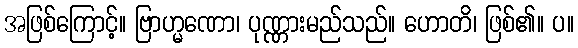
အဖြစ်ကြောင့်။ ဗြာဟ္မဏော၊ ပုဏ္ဏားမည်သည်။ ဟောတိ၊ ဖြစ်၏။ ပ။